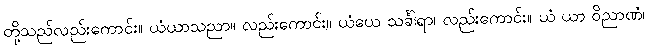
တို့သည်လည်းကောင်း။ ယံယာသညာ။ လည်းကောင်း။ ယံယေ သင်္ခါရာ၊ လည်းကောင်း။ ယံ ယာ ဝိညာဏံ၊